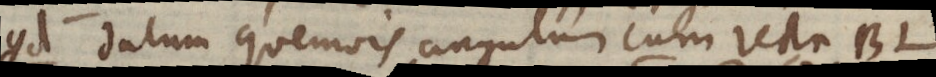
gd datum quemvis angulum cum recta BL